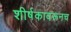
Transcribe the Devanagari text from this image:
शीर्षकावरूनच